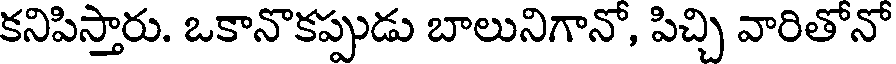
కనిపిస్తారు. ఒకానొకప్పుడు బాలునిగానో, పిచ్చి వారితోనో